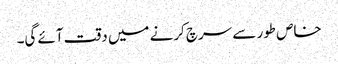
خاص طور سے سرچ کرنے میں دقت آئے گی۔